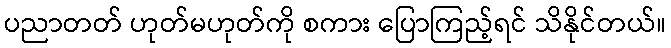
ပညာတတ် ဟုတ်မဟုတ်ကို စကား ပြောကြည့်ရင် သိနိုင်တယ်။